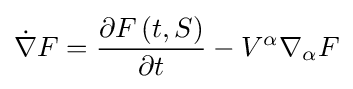
{\dot {\nabla }}F={\frac {\partial F\left(t,S\right)}{\partial t}}-V^{\alpha }\nabla _{\alpha }F